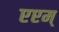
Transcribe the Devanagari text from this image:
एएम्